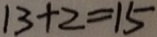
1 3 + 2 = 1 5